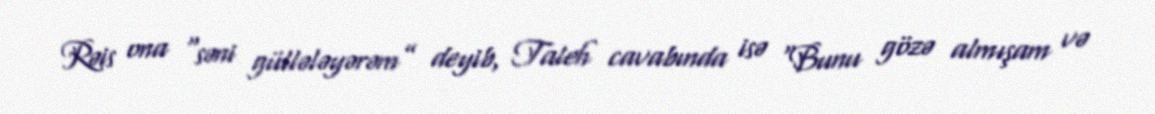
Rəis ona “səni güllələyərəm” deyib, Taleh cavabında isə “Bunu gözə almışam və